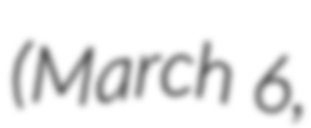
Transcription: (March 6,